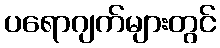
ပရောဂျက်များတွင်